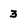
Character: 3